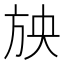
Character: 𣃝